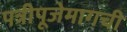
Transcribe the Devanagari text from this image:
पत्रीपूजेमागची